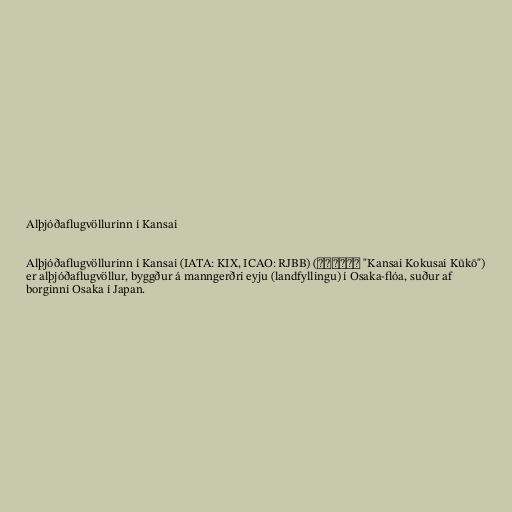
Alþjóðaflugvöllurinn í Kansai

Alþjóðaflugvöllurinn í Kansai (IATA: KIX, ICAO: RJBB) (関西国際空港 "Kansai Kokusai Kūkō")
er alþjóðaflugvöllur, byggður á manngerðri eyju (landfyllingu) í Osaka-flóa, suður af
borginni Osaka í Japan.